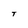
Character: T